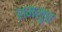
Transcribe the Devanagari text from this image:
शमलुघ